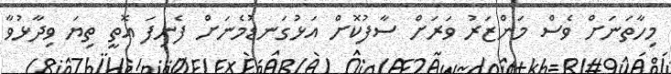
މިހާތަނަށް ވެސް މަންޒަރު ވަރަށް ސާފުކޮށް އަޅުގަނޑުމެނަށް ފެނިފަ އޮތީ ތިޔަ ވިދާޅުވާ